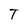
Character: T